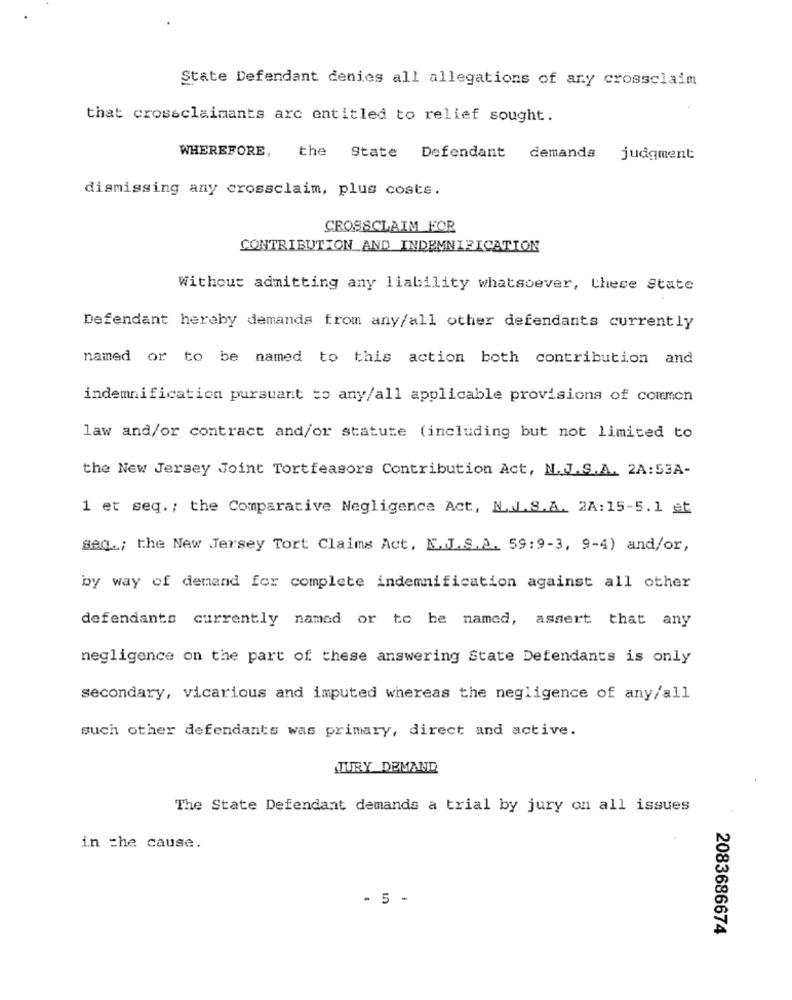
State Defendant denies all allegations of any crossclaim
that crossclaimants arc entitled to relief sought.
WHEREFORE,
the State Defendant
demands judgment
dismissing any crossclaim, plus costs.
CROSSCLAIM FOR
CONTRIBUTION AND INDEMNIFICATION
Without admitting any liability whatsoever, these State
Defendant hereby demands from any/all other defendants currently
named or to be named to this action both contribution and
indemnification pursuant to any/all applicable provisions of common
law and/or contract and/or statute (including but not limited to
the New Jersey Joint Tortfeasors Contribution Act, N. J.S.A. 2A:53A-
1 et seq .; the Comparative Negligence Act, N. J.S.A. 2A:15-5.1 et
Seq .; the New Jersey Tort Claims Act, N.J.S.A. 59:9-3, 9-4) and/or,
by way of demand for complete indemnification against all other
defendants currently namad or to be named, assert that any
negligence on the part of these answering State Defendants is only
secondary, vicarious and imputed whereas the negligence of any/all
such other defendants was primary, direct and active.
JURY DEMAND
The State Defendant demands a trial by jury on all issues
in che cause.
- 5 -
2083686674